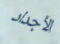
الأجداد